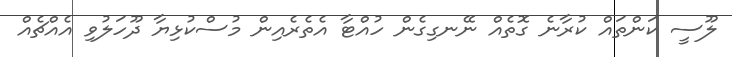
ލޫސީ ކަންތައް ކުރާނެ ގޮތެއް ނޭނގިގެން ހުއްޓާ އެތެރެއިން މުސްކުޅިޔާ ދޫހަލުވި އެއްޗެއް